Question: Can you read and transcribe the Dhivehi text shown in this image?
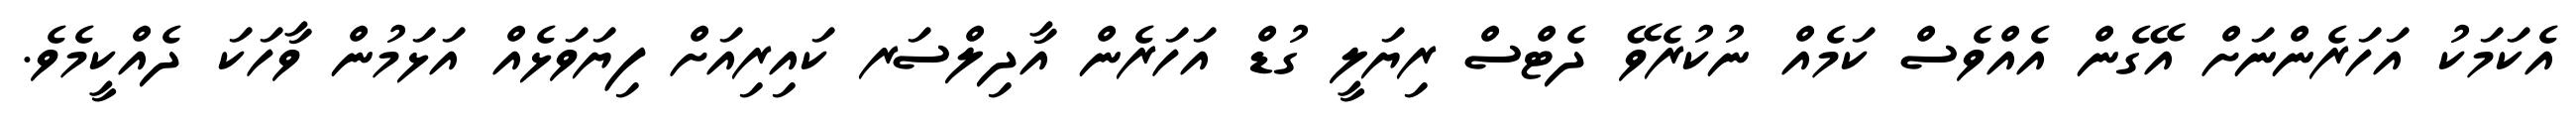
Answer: އެކަމަކު އަހަރެންނަށް އޭގެން އެއްވެސް ކަމެއް ނުކުރެވޭ ދެޓްސް ރިޔަލީ ގުޑް އަހަރެން އާދިލްސަރ ކައިރިއަށް ފިޔަވަޅެއް އަޅަމުން ވާހަކަ ދެއްކީމެވެ.